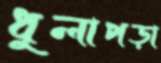
ধুলাপড়া